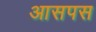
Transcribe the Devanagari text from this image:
आसपस